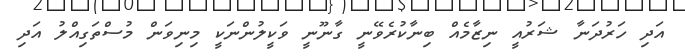
އަދި ހަރުދަނާ ޝަރުއީ ނިޒާމެއް ބިނާކުރެވޭނީ ގާނޫނީ ވަކީލުންނަކީ މިނިވަން މުސްތަގިއްލު އަދި